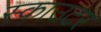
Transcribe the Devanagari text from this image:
स्काउटर